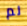
لم